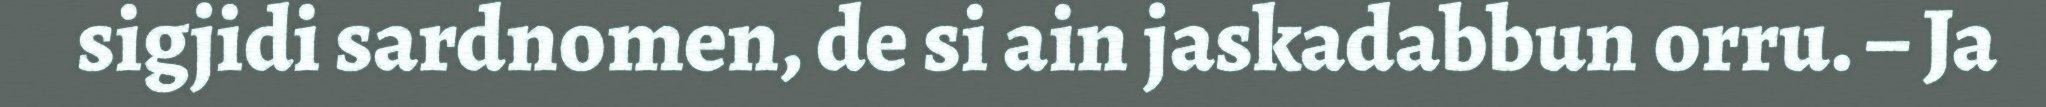
sigjidi sardnomen, de si ain jaskadabbun orru. – Ja